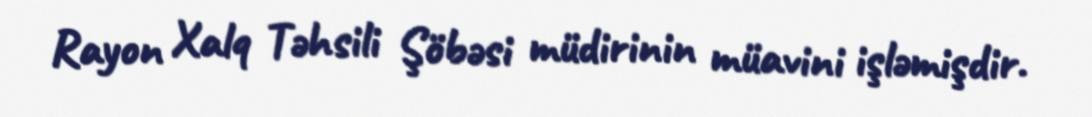
Rayon Xalq Təhsili Şöbəsi müdirinin müavini işləmişdir.